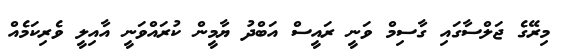
މިރޭގެ ޖަލްސާގައި ގާސިމް ވަނީ ރައީސް އަބްދު ޔާމީން ކުރައްވަނީ އާއިލީ ވެރިކަމެއް